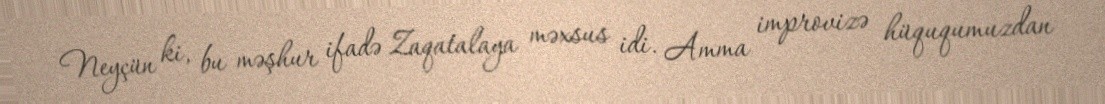
Neyçün ki, bu məşhur ifadə Zaqatalaya məxsus idi. Amma improvizə hüququmuzdan